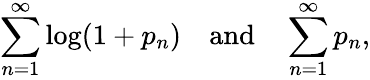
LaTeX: \sum_{n=1}^{\infty}\log(1+p_{n})\quad{\mathrm{and}}\quad\sum_{n=1}^{\infty}p_{n},